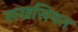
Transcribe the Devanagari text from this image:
सखसियत